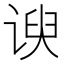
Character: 谀